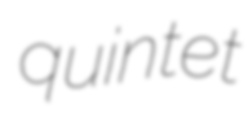
quintet